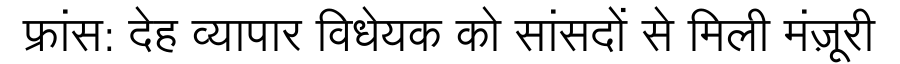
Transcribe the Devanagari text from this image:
फ्रांस: देह व्यापार विधेयक को सांसदों से मिली मंज़ूरी